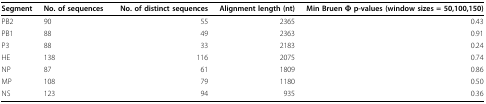
<table><thead><tr><td><b>Segment</b></td><td><b>No. of sequences</b></td><td><b>No. of distinct sequences</b></td><td><b>Alignment length (nt)</b></td><td><b>Min Bruen Φ p-values (window sizes = 50,100,150)</b></td></tr></thead><tbody><tr><td>PB2</td><td>90</td><td>55</td><td>2365</td><td>0.43</td></tr><tr><td>PB1</td><td>88</td><td>49</td><td>2363</td><td>0.91</td></tr><tr><td>P3</td><td>88</td><td>33</td><td>2183</td><td>0.24</td></tr><tr><td>HE</td><td>138</td><td>116</td><td>2075</td><td>0.74</td></tr><tr><td>NP</td><td>87</td><td>61</td><td>1809</td><td>0.86</td></tr><tr><td>MP</td><td>108</td><td>79</td><td>1180</td><td>0.50</td></tr><tr><td>NS</td><td>123</td><td>94</td><td>935</td><td>0.36</td></tr></tbody></table>